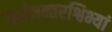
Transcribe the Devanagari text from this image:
गर्भमन्तरश्विभ्यां